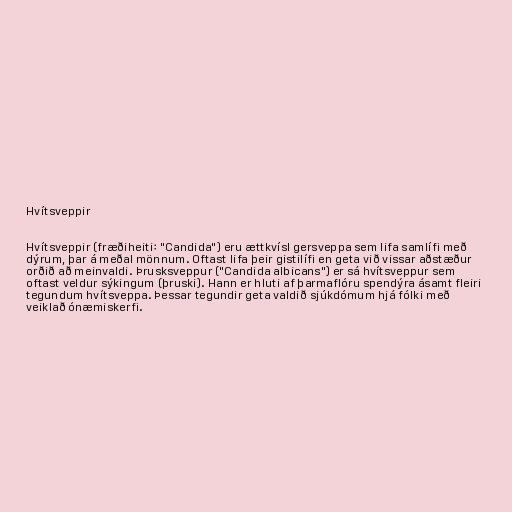
Hvítsveppir

Hvítsveppir (fræðiheiti: "Candida") eru ættkvísl gersveppa sem lifa samlífi með
dýrum, þar á meðal mönnum. Oftast lifa þeir gistilífi en geta við vissar aðstæður
orðið að meinvaldi. Þrusksveppur ("Candida albicans") er sá hvítsveppur sem
oftast veldur sýkingum (þruski). Hann er hluti af þarmaflóru spendýra ásamt fleiri
tegundum hvítsveppa. Þessar tegundir geta valdið sjúkdómum hjá fólki með
veiklað ónæmiskerfi.